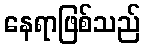
နေရာဖြစ်သည်